Indian Medical Review
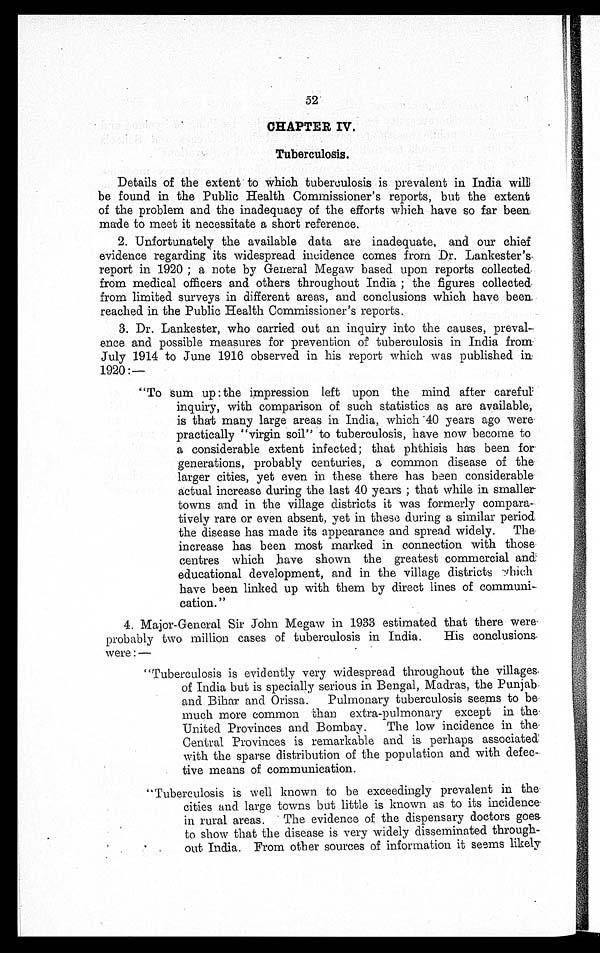
52
CHAPTER IV.
Tuberculosis.
Details of the extent to which tuberculosis is prevalent in India will
be found in the Public Health Commissioner's reports, but the extent
of the problem and the inadequacy of the efforts which have so far been
made to meet it necessitate a short reference.
2. Unfortunately the available data are inadequate, and our chief
evidence regarding its widespread incidence comes from Dr. Lankester's
report in 1920; a note by General Megaw based upon reports collected
from medical officers and others throughout India; the figures collected
from limited surveys in different areas, and conclusions which have been
reached in the Public Health Commissioner's reports.
3. Dr. Lankester, who carried out an inquiry into the causes, preval-
ence and possible measures for prevention of tuberculosis in India from
July 1914 to June 1916 observed in his report which was published in
1920:—
"To sum up: the impression left upon the mind after careful
inquiry, with comparison of such statistics as are available,
is that many large areas in India, which 40 years ago were
practically "virgin soil" to tuberculosis, have now become to
a considerable extent infected; that phthisis has been for
generations, probably centuries, a common disease of the
larger cities, yet even in these there has been considerable
actual increase during the last 40 years; that while in smaller
towns and in the village districts it was formerly compara-
tively rare or even absent, yet in these during a similar period
the disease has made its appearance and spread widely. The
increase has been most marked in connection with those
centres which have shown the greatest commercial and
educational development, and in the village districts
which have been linked up with them by direct lines of communi-
cation."
4. Major-General Sir John Megaw in 1933 estimated that there were
probably two million cases of tuberculosis in India. His conclusions
were: —
"Tuberculosis is evidently very widespread throughout the villages
of India but is specially serious in Bengal, Madras, the Punjab
and Bihar and Orissa. Pulmonary tuberculosis seems to be
much more common than extra-pulmonary except in the
United Provinces and Bombay. The low incidence in the
Central Provinces is remarkable and is perhaps associated
with the sparse distribution of the population and with defec-
tive means of communication.
"Tuberculosis is well known to be exceedingly prevalent in the
cities and large towns but little is known as to its incidence
in rural areas. The evidence of the dispensary doctors goes
to show that the disease is very widely disseminated through-
out India. From other sources of information it seems likely
•